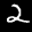
Label: 2